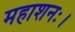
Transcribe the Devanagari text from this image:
महाशनः।